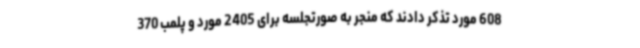
608 مورد تذکر دادند که منجر به صورتجلسه برای 2405 مورد و پلمب 370